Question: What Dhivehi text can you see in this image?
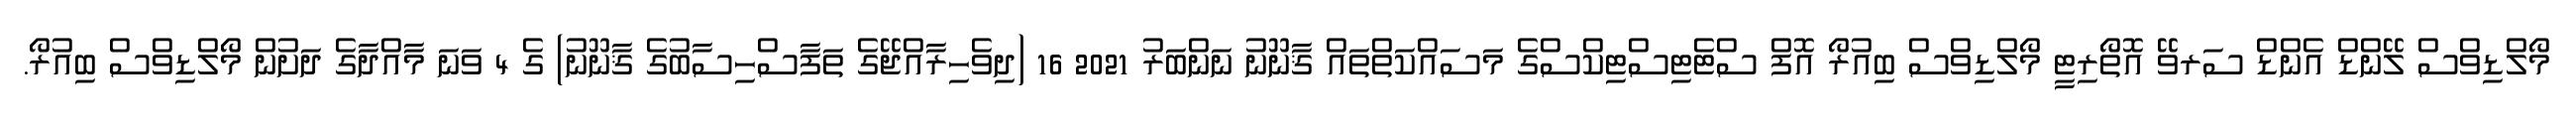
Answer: މޯލްޑިވްސް ލޭންޑް އެންޑް ސަރވޭ އޮތޯރިޓީ މޯލްޑިވްސް ބިއުރޯ އޮފް ސްޓެޓިސްޓިކްސްގެ މަސައްކަތްތައް ޤާނޫނު ނަންބަރު 2021 16 (ދިވެހިރާއްޖޭގެ ތަފާސްހިސާބުގެ ޤާނޫނު) ގެ 4 ވަނަ މާއްދާގެ ދަށުން މޯލްޑިވްސް ބިއުރޯ.